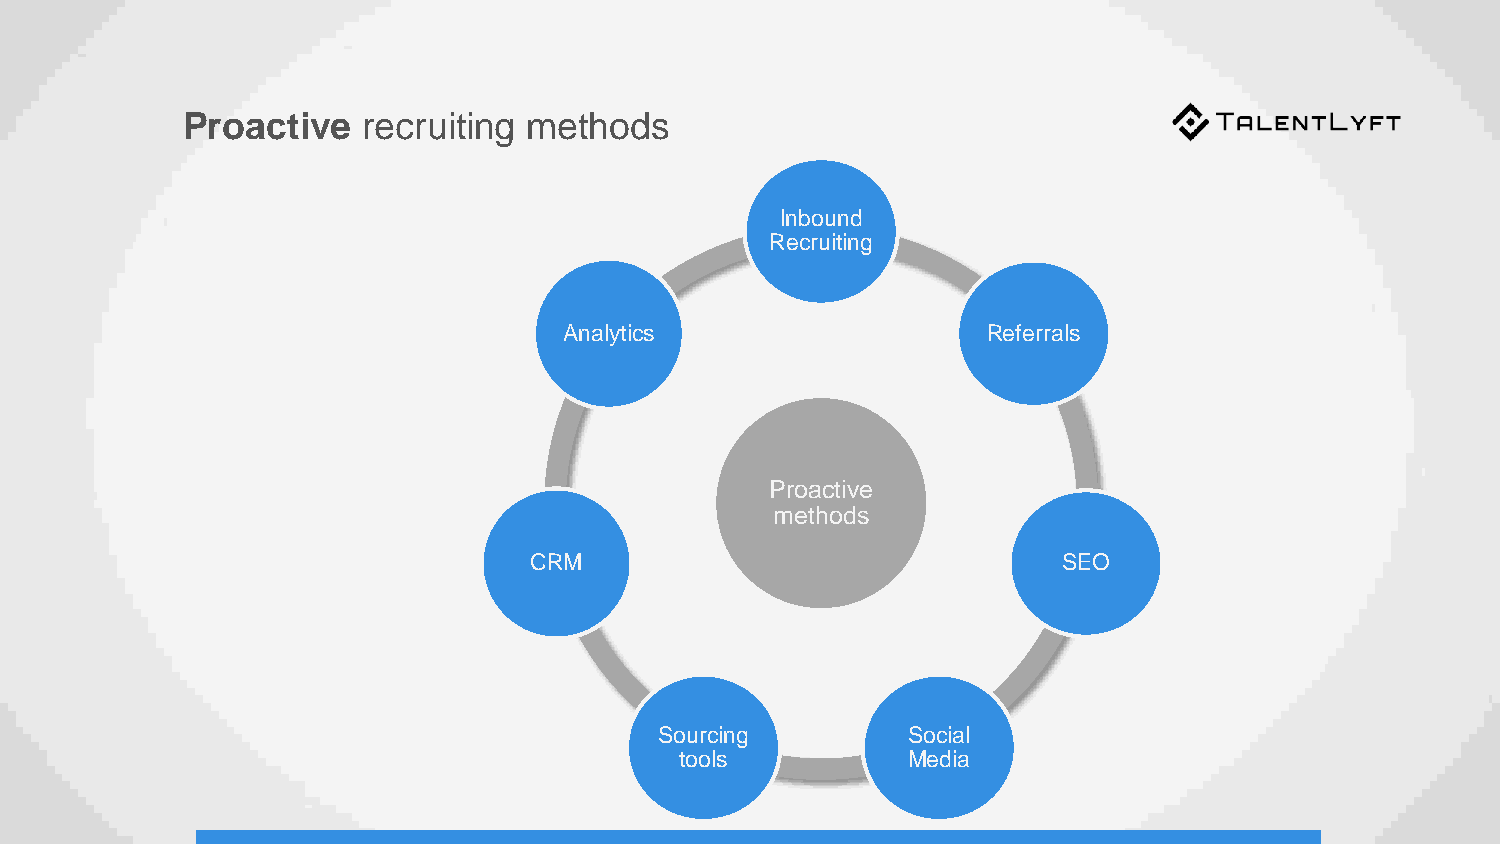
Proactive   recruiting methods
 Inbound
 Recruiting
 Analytics                   Referrals
 Proactive
 methods
 CRM                                SEO
 Sourcing        Social
 tools          Media